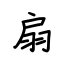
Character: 扇